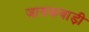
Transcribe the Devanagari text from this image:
जायकवाड़ी